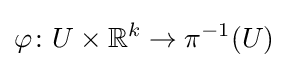
\varphi \colon U\times \mathbb {R} ^{k}\to \pi ^{-1}(U)